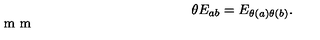
\theta E _ { a b } = E _ { \theta ( a ) \theta ( b ) } . \vspace { 2 m m }